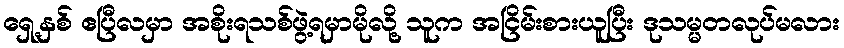
ရှေ့နှစ် ဧပြီလမှာ အစိုးရသစ်ဖွဲ့ရမှာမိုလို့ သူက အငြိမ်းစားယူပြီး ဒုသမ္မတလုပ်မလား